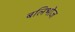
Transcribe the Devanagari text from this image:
बलिभोज